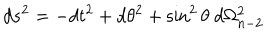
LaTeX: d s ^ { 2 } = - d t ^ { 2 } + d \theta ^ { 2 } + \sin ^ { 2 } \theta \ d \Omega _ { n - 2 } ^ { 2 }